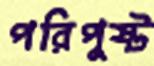
পরিপুষ্ট